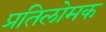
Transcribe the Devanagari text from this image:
प्रतिलोमक